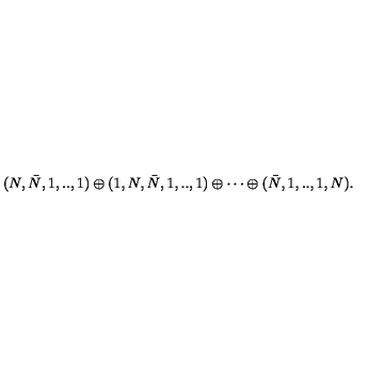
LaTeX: ( N , \bar { N } , 1 , . . , 1 ) \oplus ( 1 , N , \bar { N } , 1 , . . , 1 ) \oplus \cdots \oplus ( \bar { N } , 1 , . . , 1 , N ) .